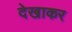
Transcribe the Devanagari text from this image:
देखाकर